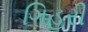
ગિહરી